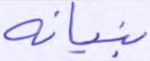
بنيانه